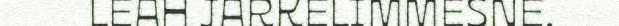
LEAH JARKELIMMESNE.